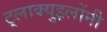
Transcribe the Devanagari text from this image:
ट्लाक्युइलोंनी